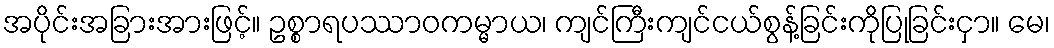
အပိုင်းအခြားအားဖြင့်။ ဥစ္စာရပဿာဝကမ္မာယ၊ ကျင်ကြီးကျင်ငယ်စွန့်ခြင်းကိုပြုခြင်းငှာ။ မေ၊